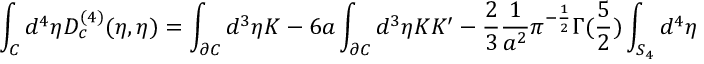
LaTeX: \int _ { C } { d ^ { 4 } } { \eta } D _ { c } ^ { ( 4 ) } ( \eta , { \eta } ) = \int _ { \partial C } d ^ { 3 } \eta K - 6 a \int _ { \partial C } d ^ { 3 } \eta K K ^ { \prime } - \frac { 2 } { 3 } \frac { 1 } { a ^ { 2 } } \pi ^ { - \frac { 1 } { 2 } } \Gamma ( \frac { 5 } { 2 } ) \int _ { S _ { 4 } } d ^ { 4 } \eta